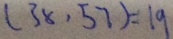
( 3 8 , 5 7 ) = 1 9